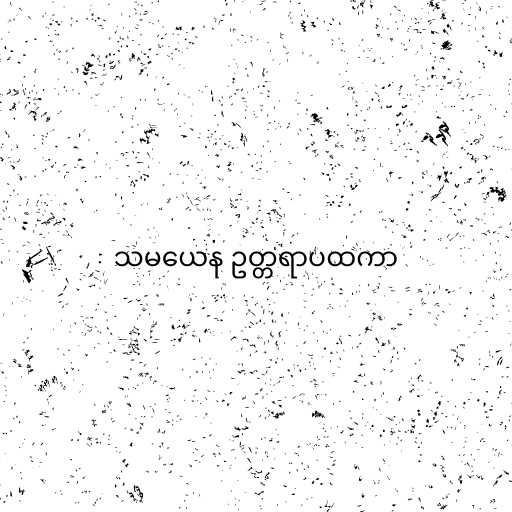
သမယေန ဥတ္တရာပထကာ